Preliminary report on an investigation into the etiology of Oriental sore in Cambay - Number 50
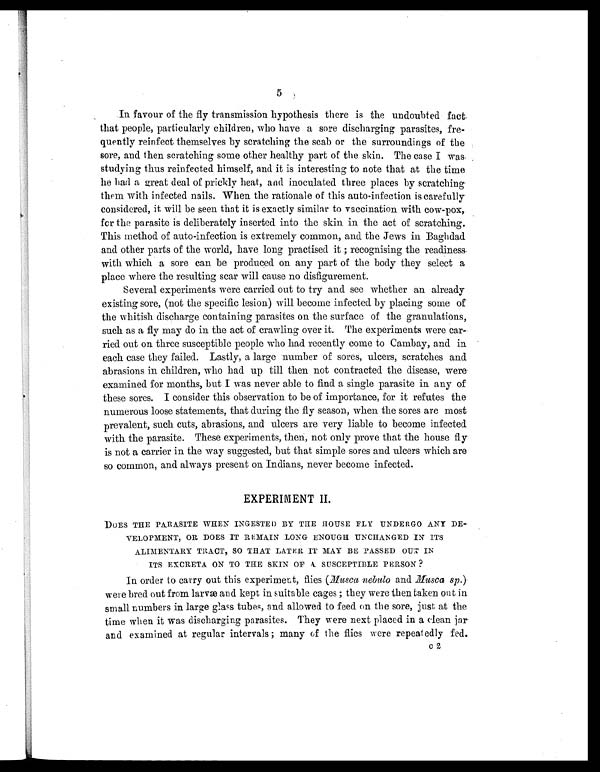
5
In favour of the fly transmission hypothesis there is the undoubted fact
that people, particularly children, who have a sore discharging parasites, fre-
quently reinfect themselves by scratching the scab or the surroundings of the
sore, and then scratching some other healthy part of the skin. The case I was
studying thus reinfected himself, and it is interesting to note that at the time
he had a great deal of prickly heat, and inoculated three places by scratching
them with infected nails. When the rationale of this auto-infection is carefully
considered, it will be seen that it is exactly similar to vaccination with cow-pox,
for the parasite is deliberately inserted into the skin in the act of scratching.
This method of auto-infection is extremely common, and the Jews in Baghdad
and other parts of the world, have long practised it ; recognising the readiness
with which a sore can be produced on any part of the body they select a
place where the resulting scar will cause no disfigurement.
Several experiments were carried out to try and see whether an already
existing sore, (not the specific lesion) will become infected by placing some of
the whitish discharge containing parasites on the surface of the granulations,
such as a fly may do in the act of crawling over it. The experiments were car
-ried out on three susceptible people who had recently come to Cambay, and in
each case they failed. Lastly, a large number of sores, ulcers, scratches and
abrasions in children, who had up till then not contracted the disease, were
examined for months, but I was never able to find a single parasite in any of
these sores. I consider this observation to be of importance, for it refutes the
numerous loose statements, that during the fly season, when the sores are most
prevalent, such cuts, abrasions, and ulcers are very liable to become infected
with the parasite. These experiments, then, not only prove that the house fly
is not a carrier in the way suggested, but that simple sores and ulcers which are
so common, and always present on Indians, never become infected.
EXPERIMENT II.
DOES THE PARASITE WHEN INGESTED BY THE HOUSE FLY UNDERGO ANY DE-
VELOPMENT, OR DOES IT REMAIN LONG ENOUGH UNCHANGED IN ITS
ALIMENTARY TRACT, SO THAT LATER IT MAY BE PASSED OUT IN
ITS EXCRETA ON TO THE SKIN OF A SUSCEPTIBLE PERSON ?
In order to carry out this experiment, flies ( Musca nebuloa n d
M u s c a s p
. )
were bred out from larvæ and kept in suitable cages ; they were then taken out in
small numbers in large glass tubes, and allowed to feed on the sore, just at the
time when it was discharging parasites. They were next placed in a clean jar
and examined at regular intervals ; many of the flies were repeatedly fed.
c2